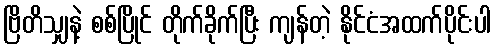
ဗြိတိသျှနဲ့ စစ်ပြိုင် တိုက်ခိုက်ပြီး ကျန်တဲ့ နိုင်ငံအထက်ပိုင်းပါ